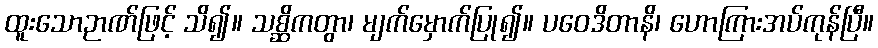
ထူးသောဉာဏ်ဖြင့် သိ၍။ သစ္ဆိကတွာ၊ မျက်မှောက်ပြု၍။ ပဝေဒိတာနိ၊ ဟောကြားအပ်ကုန်ပြီ။